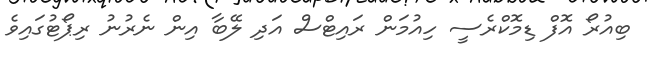
ބިއުރޯ އޮފް ޑިމޮކްރެސީ ހިއުމަން ރައިޓްސް އަދި ލޭބާ އިން ނެރުނު ރިޕޯޓުގައިވެ